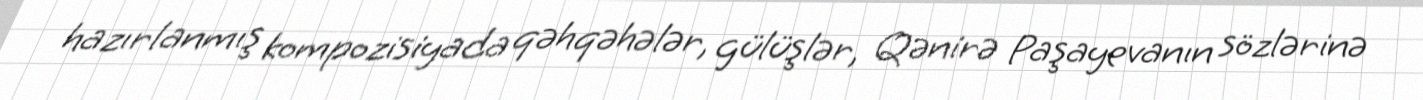
hazırlanmış kompozisiyada qəhqəhələr, gülüşlər, Qənirə Paşayevanın sözlərinə